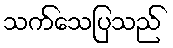
သက်သေပြသည်